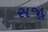
સજાૢ